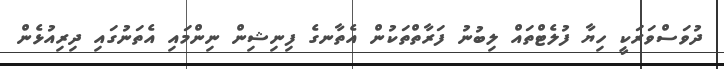
ދުވަސްވަރަކީ ހިޔާ ފުލެޓްތައް ލިބުނު ފަރާތްތަކުން އެތާނގެ ފިނިޝިން ނިންމައި އެތަނުގައި ދިރިއުޅެން